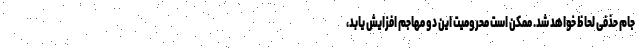
جام حذفی لحاظ خواهد شد. ممکن است محرومیت این دو مهاجم افزایش یابد،